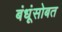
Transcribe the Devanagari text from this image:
बंधूंसोबत